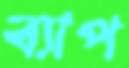
ব্যাপ